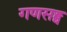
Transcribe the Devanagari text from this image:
गणसङ्घ